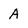
Character: A